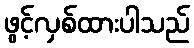
ဖွင့်လှစ်ထားပါသည်